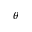
\boldsymbol { \theta }